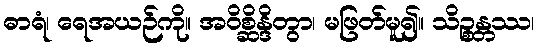
ဓာရံ၊ ရေအယဉ်ကို။ အဝိစ္ဆိန္ဒိတွာ၊ မဖြတ်မူ၍။ သိဉ္စန္တဿ၊